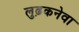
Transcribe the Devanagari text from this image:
लुढ़कनेवा